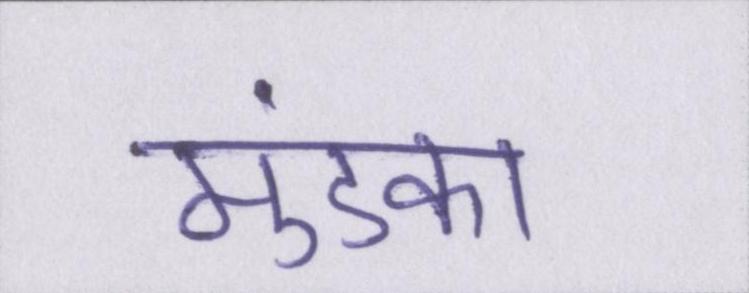
मुंडका